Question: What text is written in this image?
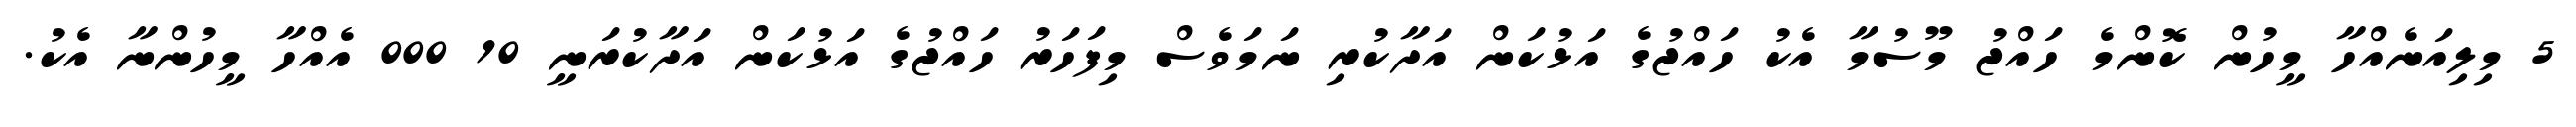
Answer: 5 މިލިއަނެއްހާ މީހުން ކޮންމެ ހައްޖު މޫސުމާ އެކު ހައްޖުގެ އަޅުކަން އަދާކުރި ނަމަވެސް މިފަހަރު ހައްޖުގެ އަޅުކަން އަދާކުރަނީ 10 000 އެއްހާ މީހުންނާ އެކު.